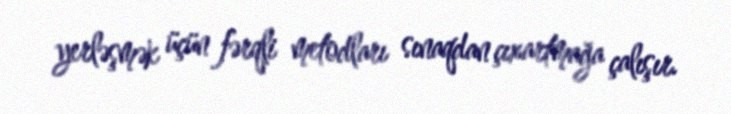
yerləşmək üçün fərqli metodları sınaqdan çıxartmağa çalışır.